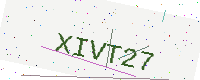
Text: XIVT27